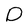
Character: D